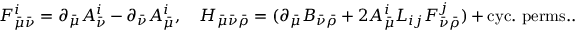
{ \cal F } _ { \bar { \mu } \bar { \nu } } ^ { i } = \partial _ { \bar { \mu } } { \cal A } _ { \bar { \nu } } ^ { i } - \partial _ { \bar { \nu } } { \cal A } _ { \bar { \mu } } ^ { i } , \ \ \ H _ { \bar { \mu } \bar { \nu } \bar { \rho } } = ( \partial _ { \bar { \mu } } B _ { \bar { \nu } \bar { \rho } } + 2 { \cal A } _ { \bar { \mu } } ^ { i } L _ { i j } { \cal F } _ { \bar { \nu } \bar { \rho } } ^ { j } ) + \mathrm { c y c . \ p e r m s . } .